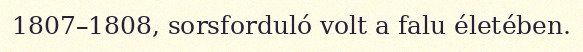
1807–1808, sorsforduló volt a falu életében.